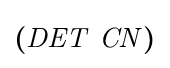
{\boldsymbol {(}}{\mathit {DET}}\ {\mathit {CN}}{\boldsymbol {)}}